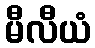
မီလီယံ